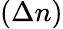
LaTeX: (\Delta n)